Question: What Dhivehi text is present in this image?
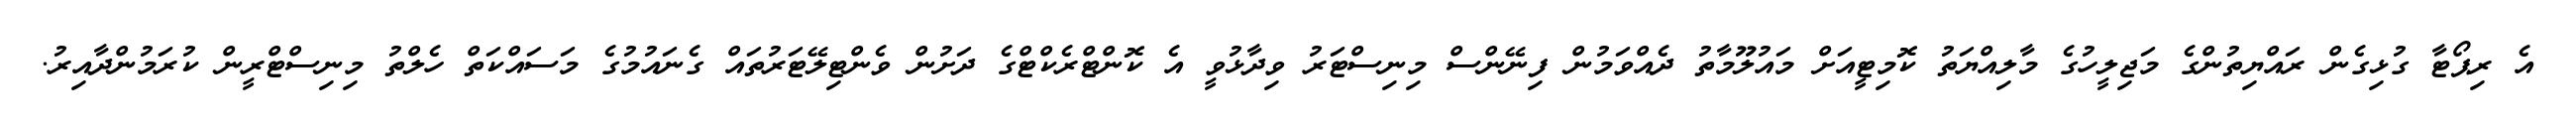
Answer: އެ ރިޕޯޓާ ގުޅިގެން ރައްޔިތުންގެ މަޖިލީހުގެ މާލިއްޔަތު ކޮމިޓީއަށް މައުލޫމާތު ދެއްވަމުން ފިނޭންސް މިނިސްޓަރު ވިދާޅުވީ އެ ކޮންޓްރެކްޓްގެ ދަށުން ވެންޓިލޭޓަރުތައް ގެނައުމުގެ މަސައްކަތް ހެލްތު މިނިސްޓްރީން ކުރަމުންދާއިރު.